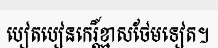
បៀតបៀនកេរ្តិ៍ខ្មាសថែមទៀត។